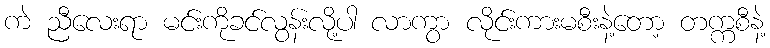
ကဲ ညီလေးရာ မင်းကိုခင်လွန်းလို့ပါ လာကွာ လိုင်းကားမစီးနဲ့တော့ တက္ကစီနဲ့